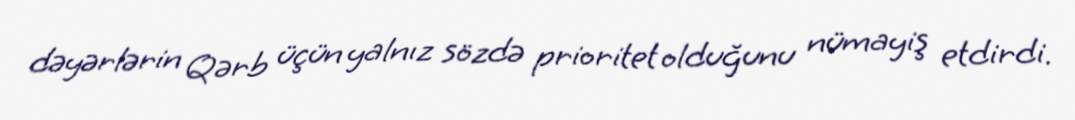
dəyərlərin Qərb üçün yalnız sözdə prioritet olduğunu nümayiş etdirdi.